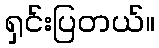
ရှင်းပြတယ်။